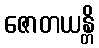
ဇောတယန္တိ